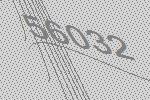
56032